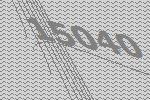
15040